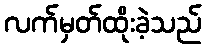
လက်မှတ်ထိုးခဲ့သည်